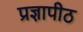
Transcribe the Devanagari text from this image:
प्रज्ञापीठ